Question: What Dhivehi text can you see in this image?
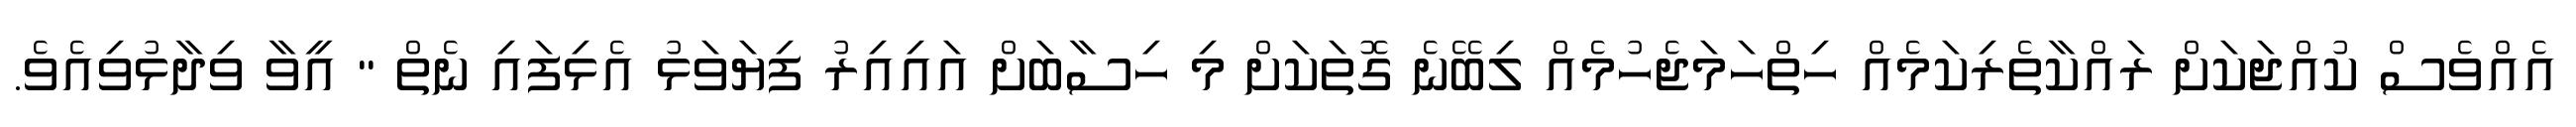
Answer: އެއްވެސް ކުއްޖަކަށް ރައްކާތެރިކަމެއް ހިތްހަމަޖެހުމެއް ލިބޭނެ ގޮތަކަށް މި ހިސާބަށް އައިއިރު ފިޔަވަޅު އެޅިފައި ނެތް " އީވާ ވިދާޅުވިއެވެ.